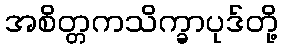
အစိတ္တကသိက္ခာပုဒ်တို့